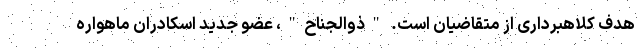
هدف کلاهبرداری از متقاضیان است. "ذوالجناح"، عضو جدید اسکادران ماهواره‌